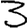
Digit: 3